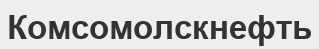
Комсомолскнефть